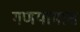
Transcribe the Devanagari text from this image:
गणयामास